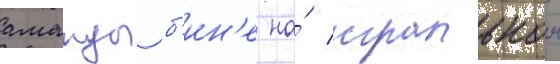
аманды б'ин'е на́ игральнои